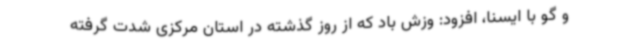
و گو با ایسنا، افزود: وزش باد که از روز گذشته در استان مرکزی شدت گرفته